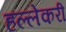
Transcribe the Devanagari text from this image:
हल्लेकरी